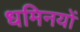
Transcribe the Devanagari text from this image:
धमिनयों